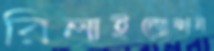
রিলাইজেশন